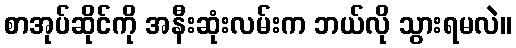
စာအုပ်ဆိုင်ကို အနီးဆုံးလမ်းက ဘယ်လို သွားရမလဲ။